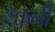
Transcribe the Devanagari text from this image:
डैफ़नी